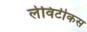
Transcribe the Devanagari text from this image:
लेविटीकस